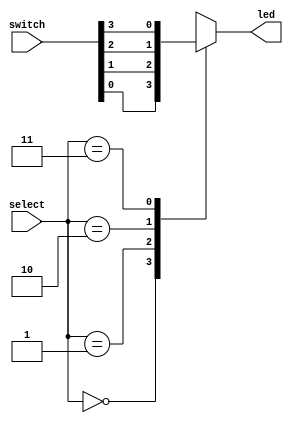
// 4-1 MUX
module mux2b (/*AUTOARG*/
   // Outputs
   led,
   // Inputs
   select, switch
   );

   // Random Number generator interface
   input [1:0] select;
   input [3:0] switch;
   output      led;

   /*AUTOREG*/
   // Beginning of automatic regs (for this module's undeclared outputs)
   reg			led;
   // End of automatics

   always @(/*AUTOSENSE*/select or switch)
     begin
	case (select)
	  2'b00 : led <= switch[0];
	  2'b01 : led <= switch[1];
	  2'b10 : led <= switch[2];
	  2'b11 : led <= switch[3];
	endcase // case (state)
     end

   
 
endmodule // mux2b